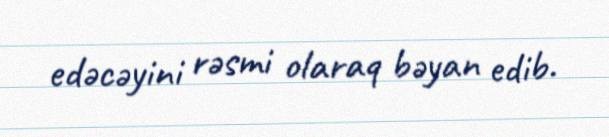
edəcəyini rəsmi olaraq bəyan edib.